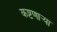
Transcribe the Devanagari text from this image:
कष्टणार्‍या